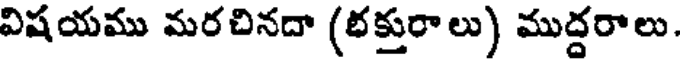
విషయము మరచినదా (భక్తురాలు) ముద్దరాలు.